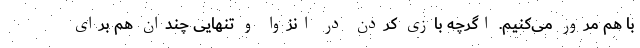
با هم مرور می‌کنیم. اگرچه بازی کردن در انزوا و تنهایی چندان هم برای